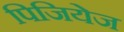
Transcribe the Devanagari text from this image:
पिजियेज